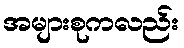
အများစုကလည်း